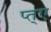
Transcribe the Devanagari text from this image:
प्त्ए